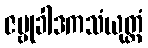
ဇမ္ဗုခါဒကသံယုတ္တံ